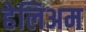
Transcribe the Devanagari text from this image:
हेलिअम